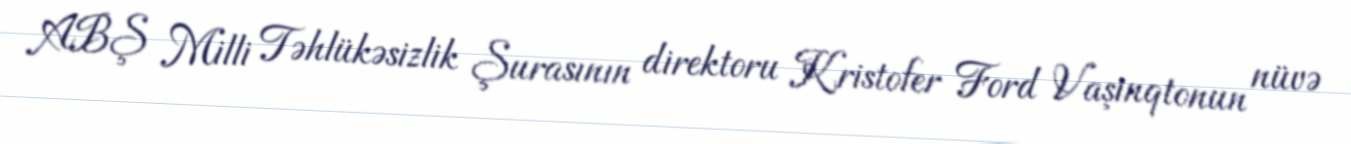
ABŞ Milli Təhlükəsizlik Şurasının direktoru Kristofer Ford Vaşinqtonun nüvə